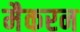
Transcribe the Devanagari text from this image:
मैकरन